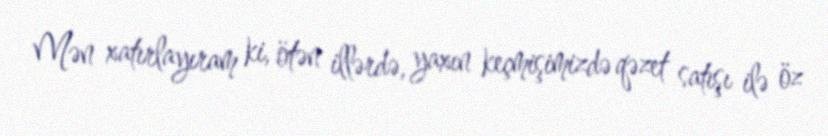
Mən xatırlayıram ki, ötən illərdə, yaxın keçmişimizdə qəzet satışı ilə öz